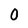
Character: 0